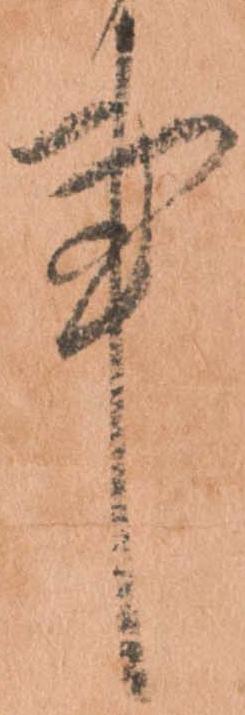
事